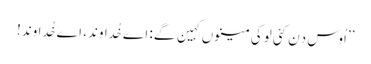
’’اُوس دِن کئی لوکی مینوں کہین گے: اے خُداوند، اے خُداوند!